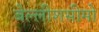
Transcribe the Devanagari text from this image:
बेल्लीशसीमो